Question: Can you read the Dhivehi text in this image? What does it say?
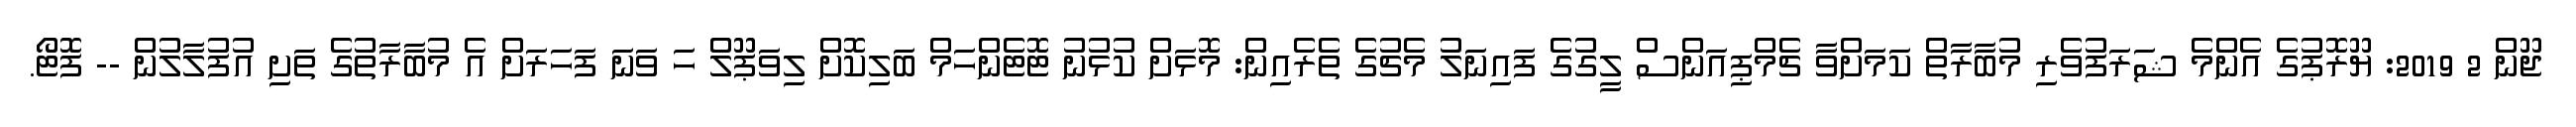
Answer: ޖޫން 2 2019: ޔޫރޮޕުގެ އެންމެ ޝަރަފުވެރި މުބާރާތް ކަމަށްވާ ޗެމްޕިއަންސް ލީގުގެ ފައިނަލު މެޗުގެ ތެރެއިން: މޮޅަށް ކުޅުނު ޓޮޓެންހަމް ބަލިކޮށް ލިވަޕޫލް ހަ ވަނަ ފަހަރަށް އެ މުބާރާތުގެ ތަށި އުފުލާލުން -- ފޮޓޯ.